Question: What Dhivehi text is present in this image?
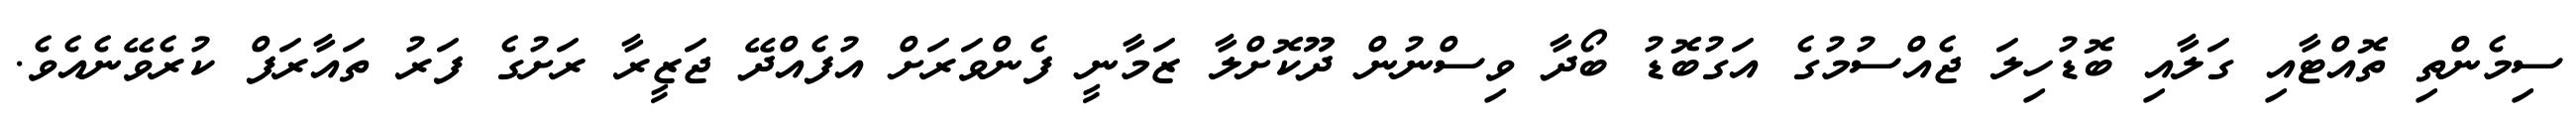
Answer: ސިމެންތި ތޮއްޓާއި ގަލާއި ބޮޑުހިލަ ޖެއްސުމުގެ އަގުބޮޑު ބޯދާ ވިސްނުން ދޫކޮށްލާ ޒަމާނީ ފެންވަރަށް އުފެއްދޭ ޖަޒީރާ ރަށުގެ ފަރު ތައާރަފް ކުރެވޭނެއެވެ.